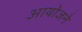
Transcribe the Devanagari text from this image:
आयोजने